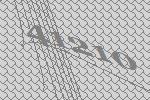
41210